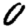
Digit: 0